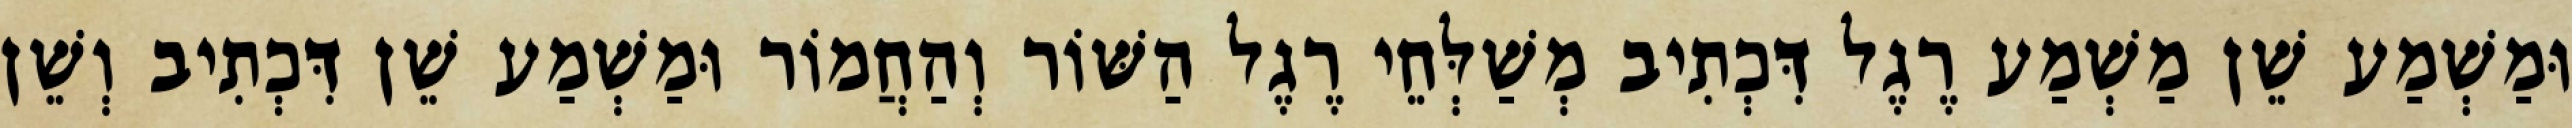
וּמַשְׁמַע שֵׁן מַשְׁמַע רֶגֶל דִּכְתִיב מְשַׁלְּחֵי רֶגֶל הַשּׁוֹר וְהַחֲמוֹר וּמַשְׁמַע שֵׁן דִּכְתִיב וְשֵׁן